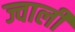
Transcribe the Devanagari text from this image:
ज्वाली